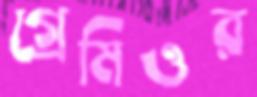
গ্রেমিওর